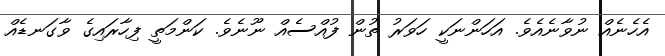
އެހެނެއް ނުވާނެއެވެ. އަހަންނަކީ ހަވަރު ތުން ފުއްސެއް ނޫނެވެ. ކަންމަތީ ފިހާރައިގެ ވާގަނޑެއް